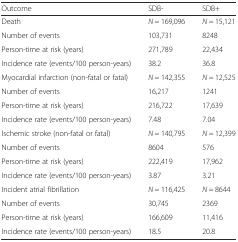
| Outcome | SDB- | SDB+ |
 | --- | --- | --- |
 | Death | N = 169,096 | N = 15,121 |
 | Number of events | 103,731 | 8248 |
 | Person-time at risk (years) | 271,789 | 22,434 |
 | Incidence rate (events/100 person-years) | 38.2 | 36.8 |
 | Myocardial infarction (non-fatal or fatal) | N = 142,355 | N = 12,525 |
 | Number of events | 16,217 | 1241 |
 | Person-time at risk (years) | 216,722 | 17,639 |
 | Incidence rate (events/100 person-years) | 7.48 | 7.04 |
 | Ischemic stroke (non-fatal or fatal) | N = 140,795 | N = 12,399 |
 | Number of events | 8604 | 576 |
 | Person-time at risk (years) | 222,419 | 17,962 |
 | Incidence rate (events/100 person-years) | 3.87 | 3.21 |
 | Incident atrial fibrillation | N = 116,425 | N = 8644 |
 | Number of events | 30,745 | 2369 |
 | Person-time at risk (years) | 166,609 | 11,416 |
 | Incidence rate (events/100 person-years) | 18.5 | 20.8 |